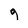
Character: 9